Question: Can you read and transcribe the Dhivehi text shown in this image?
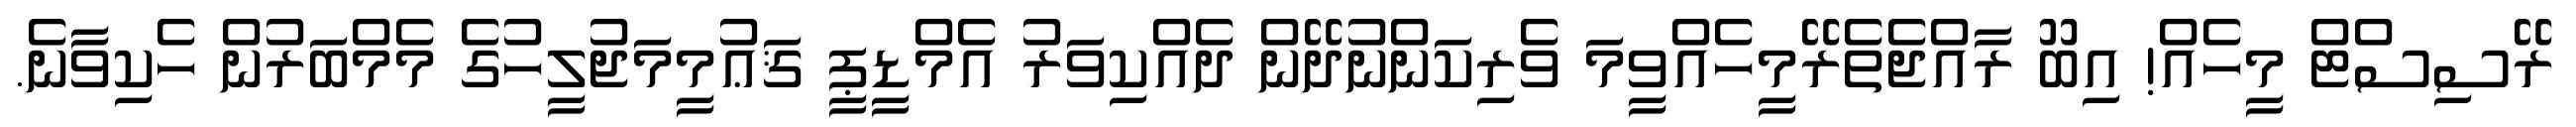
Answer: ރޭސިސްޓް މީހެއް! އިބޫ ރާއްޖެތެރޭމީހެއްވީމަ ވެރިކަންނުދޭން ދެއްކިވަރު އެމްޑީޕީ ޤަޢުމީމަޖުލީހުގެ މެމްބަރުން ހެކިވާނެ.